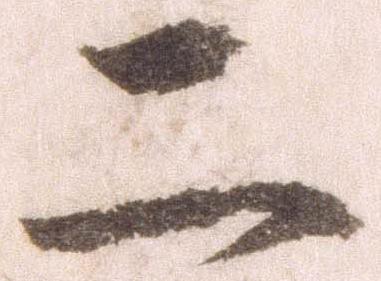
二